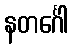
နတင်္ဂေါ